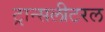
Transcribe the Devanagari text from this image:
ट्रान्सलीटरल